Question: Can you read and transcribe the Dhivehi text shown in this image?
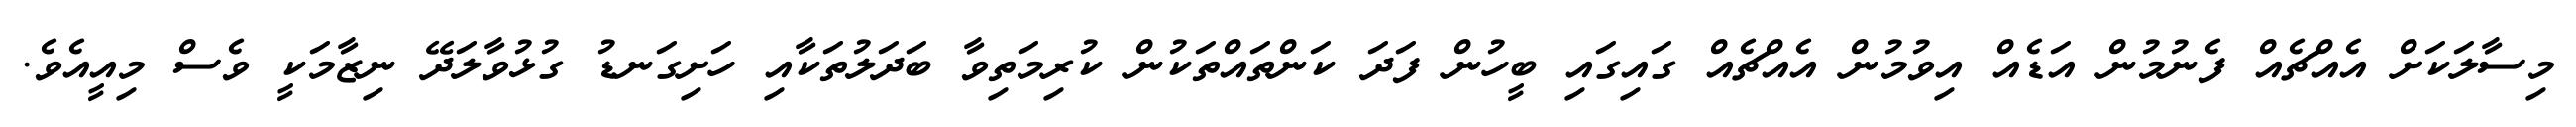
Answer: މިސާލަކަށް އެއްޗެއް ފެނުމުން އަޑެއް އިވުމުން އެއްޗެއް ގައިގައި ބީހުން ފަދަ ކަންތައްތަކުން ކުރިމަތިވާ ބަދަލުތަކާއި ހަށިގަނޑު ގުޅުވާލަދޭ ނިޒާމަކީ ވެސް މިއީއެވެ.